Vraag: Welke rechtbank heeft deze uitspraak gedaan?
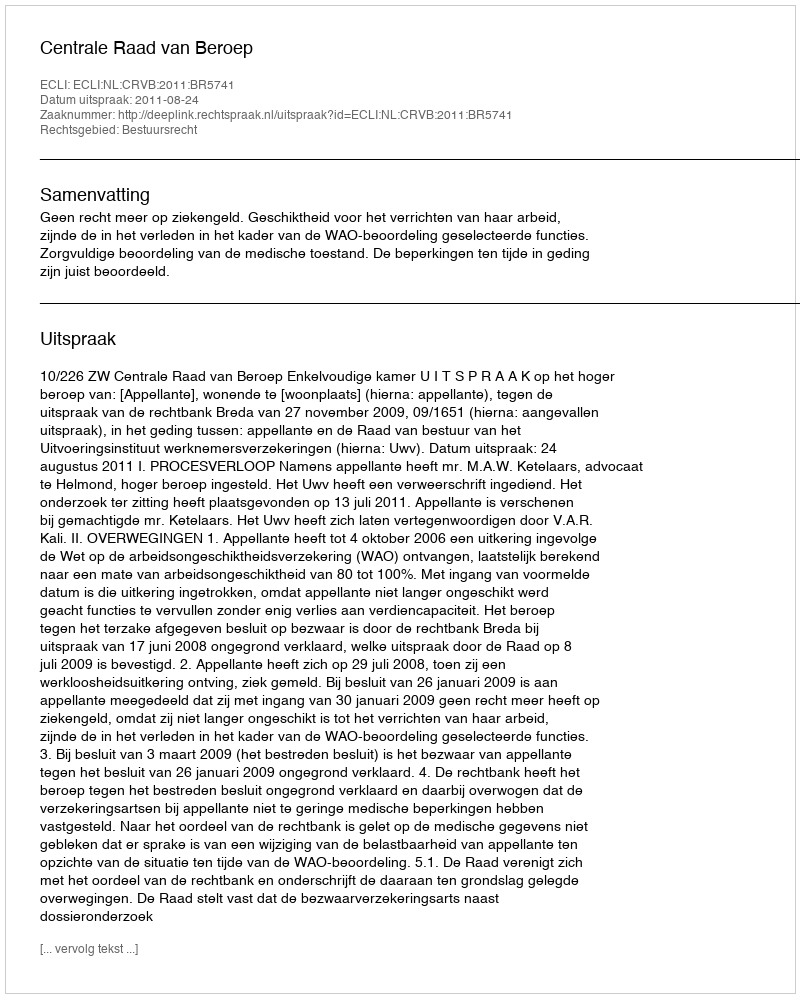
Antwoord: Centrale Raad van Beroep